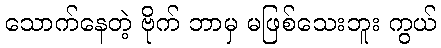
သောက်နေတဲ့ ဗိုက် ဘာမှ မဖြစ်သေးဘူး ကွယ်